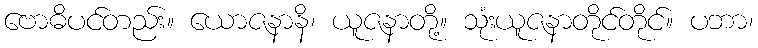
ဗောဓိပင်တည်း။ ယောဇနာနိ၊ ယူဇနာတို့။ သုံးယူဇနာတိုင်တိုင်။ ပဘာ၊